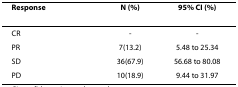
| Response | N (%) | 95% CI (%) |
 | --- | --- | --- |
 | CR | - | - |
 | PR | 7(13.2) | 5.48 to 25.34 |
 | SD | 36(67.9) | 56.68 to 80.08 |
 | PD | 10(18.9) | 9.44 to 31.97 |